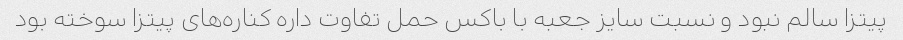
پیتزا سالم نبود و نسبت سایز جعبه با باکس حمل تفاوت داره کناره‌های پیتزا سوخته بود